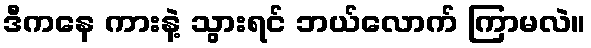
ဒီကနေ ကားနဲ့ သွားရင် ဘယ်လောက် ကြာမလဲ။